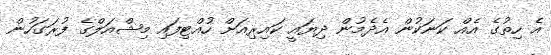
އެ ހިތުގެ އެއް ކަނަކުން އެދެމުން ދިޔައީ ކައިރިއަށް ހުއްޓިފައި މިޝްއަލްގެ ފުރަގަހުން